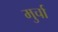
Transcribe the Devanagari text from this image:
मुर्चा